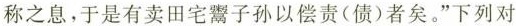
称之息，于是有卖田宅鬻子孙以偿责(债)者矣。”下列对